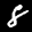
Label: 8